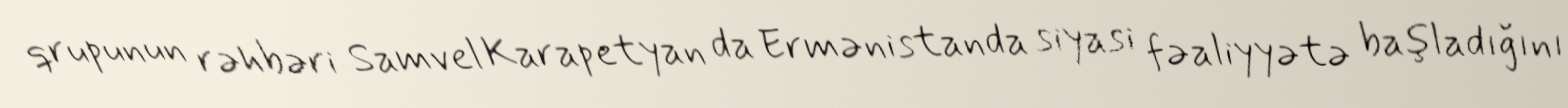
qrupunun rəhbəri Samvel Karapetyan da Ermənistanda siyasi fəaliyyətə başladığını